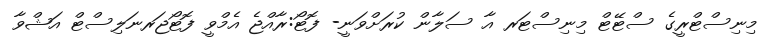
މިނިސްޓްރީގެ ސްޓޭޓް މިނިސްޓަރ އާ ސަލާން ކުރަށްވަނީ- ފޮޓޯ:ރާއްޖެ އެމްވީ ފޮޓޯޖަރނަލިސްޓް އަޝްވާ